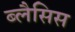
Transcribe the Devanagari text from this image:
ब्लैसिस